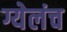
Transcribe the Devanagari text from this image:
ग्येलंच